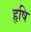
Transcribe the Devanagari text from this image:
हृषि